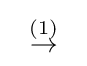
\;\;{\stackrel {(1)}{\to }}\;\;